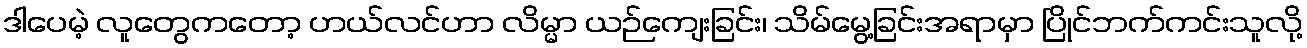
ဒါပေမဲ့ လူတွေကတော့ ဟယ်လင်ဟာ လိမ္မာ ယဉ်ကျေးခြင်း၊ သိမ်မွေ့ခြင်းအရာမှာ ပြိုင်ဘက်ကင်းသူလို့